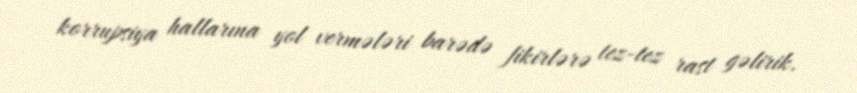
korrupsiya hallarına yol vermələri barədə fikirlərə tez-tez rast gəlirik.